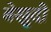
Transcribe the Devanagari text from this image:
बेखुदी